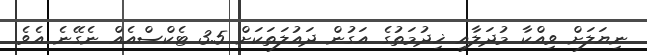
ނިޔަލަށް ވިއްކާ މުދަލާއި ޚިދުމަތުގެ އަގުން ދައުލަތަކަށް 3.5 ޓެކްސްއެއް ނެގޭނެ އެވެ.